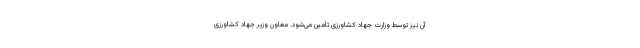
آن نیز توسط وزارت جهاد کشاورزی تأمین می‌شود. معاون وزیر جهاد کشاورزی